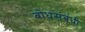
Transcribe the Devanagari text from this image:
बोधसंबंधी